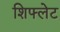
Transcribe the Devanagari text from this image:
शिफ्लेट